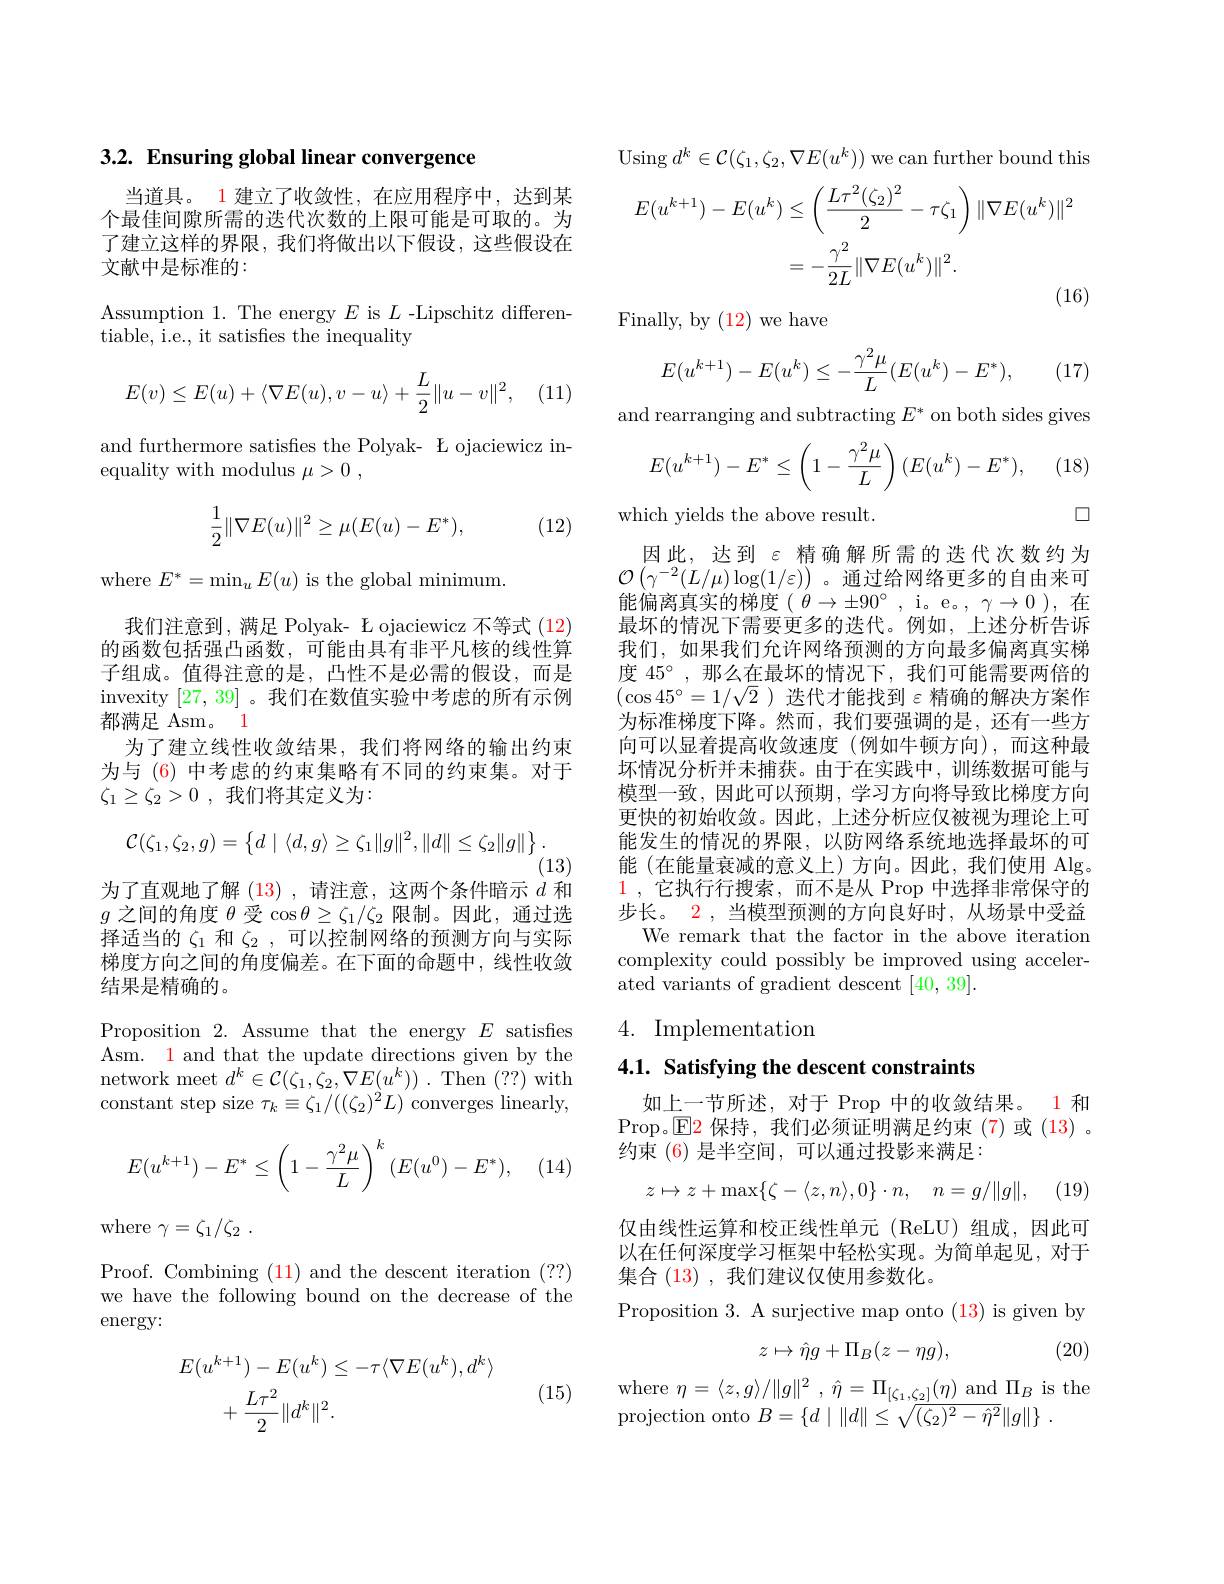
当道具。1 建立了收敛性，在应用程序中，达到某个最佳间隙所需的迭代次数的上限可能是可取的。为了建立这样的界限，我们将做出以下假设，这些假设在文献中是标准的：

Assumption 1. The energy $E$ is $L$ -Lipschitz differen-
tiable, i.e., it satisfies the inequality
$$E(v)\leq E(u)+\langle\nabla E(u),v-u\rangle+\frac L2\|u-v\|^2,$$
and furthermore satisfies the Polyak- L ojaciewicz in-
equality with modulus $\mu > 0$ ,

(12)
$$\frac12\|\nabla E(u)\|^2\geq\mu(E(u)-E^*),$$
where $E^*=\operatorname*{min}_uE(u)$ is the global minimum

我们注意到，满足 Polyak- Ł ojaciewicz 不等式 (12) 的函数包括强凸函数，可能由具有非平凡核的线性算子组成。值得注意的是，凸性不是必需的假设，而是invexity [27,39] 。我们在数值实验中考虑的所有示例都满足 Asm。1
为了建立线性收敛结果，我们将网络的输出约束为与 (6) 中考虑的约束集略有不同的约束集。对于$\zeta _1\geq \zeta _2> 0$ ,我们将其定义为：
$$\mathcal{C}(\zeta_1,\zeta_2,g)=\begin{Bmatrix}d&\langle d,g\rangle\geq\zeta_1\|g\|^2,\|d\|\leq\zeta_2\|g\|\end{Bmatrix}.$$
(13)
为了直观地了解 (13),请注意，这两个条件暗示$d$和$g$之间的角度$\theta$受$\cos\theta\geq\zeta_1/\zeta_2$限制。因此，通过选择适当的$\zeta_1$和$\zeta_2$,可以控制网络的预测方向与实际梯度方向之间的角度偏差。在下面的命题中，线性收敛结果是精确的。
Proposition 2. Assume that the energy $E$ satisfies Asm. 1 and that the update directions given by the network meet $d^k\in\mathcal{C}(\zeta_1,\zeta_2,\nabla E(u^k)).$ Then (??) with constant step size $\tau_k\equiv\zeta_1/((\zeta_2)^2L)$ converges linearly,
$$E(u^{k+1})-E^*\leq\left(1-\frac{\gamma^2\mu}{L}\right)^k(E(u^0)-E^*),$$
where $\gamma = \zeta _{1}/ \zeta _{2}$ .

Proof. Combining (11) and the descent iteration (??) we have the following bound on the decrease of the energy:
$$E(u^{k+1})-E(u^{k})\leq-\tau\langle\nabla E(u^{k}),d^{k}\rangle\\+\frac{L\tau^{2}}{2}\|d^{k}\|^{2}.$$
(15)

3.2. Ensuring global linear convergence Using $d^k\in\mathcal{C}(\zeta_1,\zeta_2,\nabla E(u^k))$ we can further bound this
$$\begin{aligned}E(u^{k+1})-E(u^{k})&\leq\left(\frac{L\tau^{2}(\zeta_{2})^{2}}{2}-\tau\zeta_{1}\right)\|\nabla E(u^{k})\|^{2}\\&=-\frac{\gamma^{2}}{2L}\|\nabla E(u^{k})\|^{2}.\end{aligned}$$
Finally, by (12) we have
$$E(u^{k+1})-E(u^k)\leq-\frac{\gamma^2\mu}{L}(E(u^k)-E^*),$$
(17)

and rearranging and subtracting $E^*$ on both sides gives
$$E(u^{k+1})-E^*\leq\left(1-\frac{\gamma^2\mu}{L}\right)(E(u^k)-E^*),$$
(18)

口

which yields the above result.
因此，达到$\varepsilon$精确解所需的迭代次数约为$\mathcal{O}\left(\gamma^{-2}(L/\mu)\log(1/\varepsilon)\right)$。通过给网络更多的自由来可能偏离真实的梯度($\dot\theta\to\pm90^\circ$,i。e。$\gamma\to0)$,在最坏的情况下需要更多的迭代。例如，上述分析告诉我们，如果我们允许网络预测的方向最多偏离真实梯度 45°,那么在最坏的情况下，我们可能需要两倍的$(\cos45^{\circ}=1/\sqrt{2}$ )迭代才能找到 $\varepsilon$精确的解决方案作为标准梯度下降。然而，我们要强调的是，还有一些方向可以显着提高收敛速度(例如牛顿方向),而这种最坏情况分析并未捕获。由于在实践中，训练数据可能与模型一致，因此可以预期，学习方向将导致比梯度方向更快的初始收敛。因此，上述分析应仅被视为理论上可能发生的情况的界限，以防网络系统地选择最坏的可能 (在能量衰减的意义上)方向。因此，我们使用 Alg。$\color{red}1$,它执行行搜索，而不是从 Prop 中选择非常保守的步长。2 , 当模型预测的方向良好时，从场景中受益
We remark that the factor in the above iteration complexity could possibly be improved using accelerated variants of gradient descent [40, 39].

## 4. Implementation

4.1. Satisfying the descent constraints

如上一节所述，对于 Prop 中的收敛结果。1 和

Prop。$\operatorname{E2}$保持，我们必须证明满足约束(7)或(13)。
约束 (6) 是半空间，可以通过投影来满足：
$$z\mapsto z+\max\{\zeta-\langle z,n\rangle,0\}\cdot n,\quad n=g/\|g\|,$$
仅由线性运算和校正线性单元(ReLU)组成，因此可以在任何深度学习框架中轻松实现。为简单起见，对于集合 (13),我们建议仅使用参数化。

Proposition 3. A surjective map onto (13) is given by
$$z\mapsto\hat{\eta}g+\Pi_B(z-\eta g),$$
(20)

where $\eta = \langle z, g\rangle / \| g\| ^{2}$ , $\hat{\eta } = \Pi _{[ \zeta _{1}, \underline {\zeta _{2}] }}( \eta )$ and $\Pi_{B}$ is the
projection onto $B= \{ d\mid \| d\| \leq \sqrt {( \zeta _{2}) ^{2}- \hat{\eta } ^{2}}\| g\| \}$ .